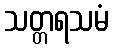
သတ္တရသမံ